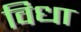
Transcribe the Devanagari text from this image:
विधा